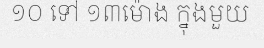
១០ ទៅ ១៣ម៉ោង ក្នុងមួយ